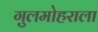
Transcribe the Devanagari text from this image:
गुलमोहराला